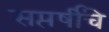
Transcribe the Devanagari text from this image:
सप्तर्षींचे